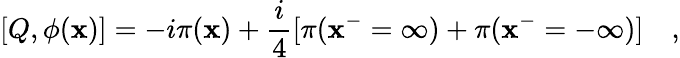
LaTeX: [Q,\phi(\mathbf{x})]=-i\pi(\mathbf{x})+\frac{{i}}{{4}}[\pi(\mathbf{x}^{-}=\infty)+\pi(\mathbf{x}^{-}=-\infty)]\quad,